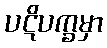
ပဋိပက္ခမှာ